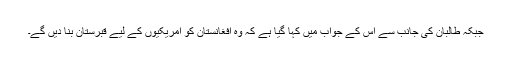
جبکہ طالبان کی جانب سے اس کے جواب میں کہا گیا ہے کہ وہ افغانستان کو امریکیوں کے لیے قبرستان بنا دیں گے۔